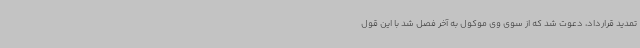
تمدید قرارداد، دعوت شد که از سوی وی موکول به آخر فصل شد با این قول